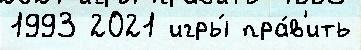
1993 2021 игры́ пра́в'ить